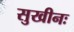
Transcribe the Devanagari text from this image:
सुखीनः